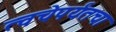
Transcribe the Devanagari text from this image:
त्वचेपर्यंतचा